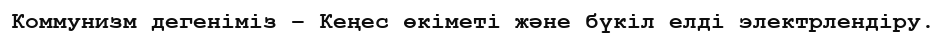
Коммунизм дегеніміз – Кеңес өкіметі және бүкіл елді электрлендіру.